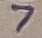
Text: 7